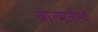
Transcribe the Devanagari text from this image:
आत्मतीर्थ